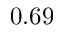
0 . 6 9